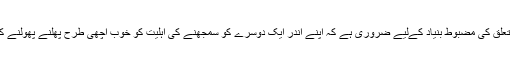
کامیاب ازدواجی تعلق کی مضبوط بنیاد کےلیے ضروری ہے کہ اپنے اندر ایک دوسرے کو سمجھنے کی اہلیت کو خوب اچھی طرح پھلنے پھولنے کا موقع دیا جائے۔